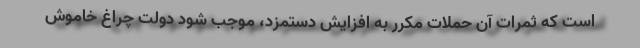
است که ثمرات آن حملات مکرر به افزایش دستمزد، موجب شود دولت چراغ خاموش